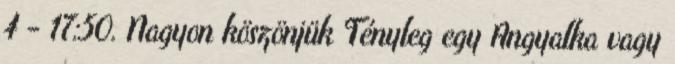
4 - 17:50. Nagyon köszönjük Tényleg egy Angyalka vagy